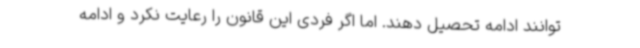
‌توانند ادامه تحصیل دهند. اما اگر فردی این قانون را رعایت نکرد و ادامه